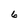
Character: 6